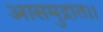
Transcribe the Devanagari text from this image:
आसमुद्रात।।